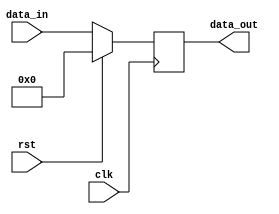
module reset_example (
    input wire clk,           // Clock signal
    input wire rst,           // Active-high reset signal
    input wire [7:0] data_in, // Example data input
    output reg [7:0] data_out // Example data output
);

    // Internal state variable (for example purposes)
    reg [7:0] counter; // A counter to demonstrate functionality

    // Synchronous reset logic
    always @(posedge clk) begin
        if (rst) begin
            // Reset condition - set all registers to initial values
            counter <= 8'b0;         // Initialize counter to zero
            data_out <= 8'b0;        // Initialize data output to zero
        end else begin
            // Normal operation
            counter <= counter + 1; // Increment counter on each clock cycle
            data_out <= data_in;    // Pass data input to data output
        end
    end

endmodule